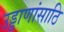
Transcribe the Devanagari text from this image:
उड्डाणांसाठि